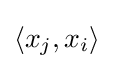
\langle x_{j},x_{i}\rangle